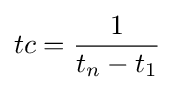
tc={\frac {1}{t_{n}-t_{1}}}